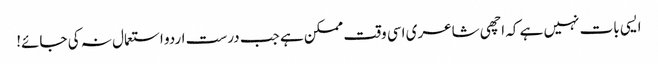
ایسی بات نہیں ہے کہ اچھی شاعری اسی وقت ممکن ہے جب درست اردو استعمال نہ کی جائے!